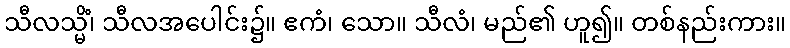
သီလသ္မိံ၊ သီလအပေါင်း၌။ ဧကံ၊ သော။ သီလံ၊ မည်၏ ဟူ၍။ တစ်နည်းကား။